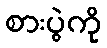
စားပွဲကို